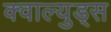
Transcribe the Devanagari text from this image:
क्वाल्युड्स